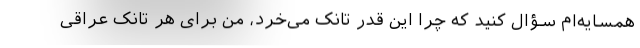
همسایه‌ام سؤال کنید که چرا این قدر تانک می‌خرد، من برای هر تانک عراقی